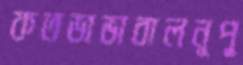
কতডাভাবালনূপু